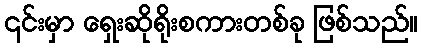
၎င်းမှာ ရှေးဆိုရိုးစကားတစ်ခု ဖြစ်သည်။